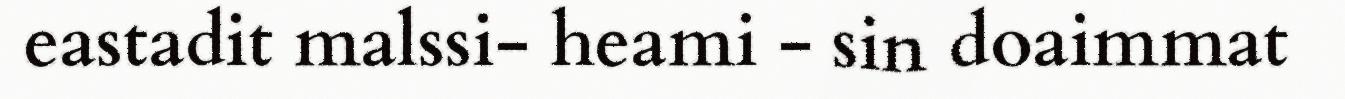
eastadit malssi- heami - sin doaimmat